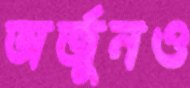
অর্জুনও